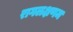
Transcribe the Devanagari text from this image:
रागलक्षणम